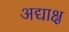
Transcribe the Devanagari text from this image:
अद्याक्ष